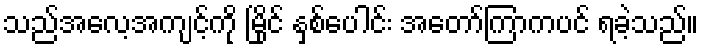
သည်အလေ့အကျင့်ကို မြိုင် နှစ်ပေါင်း အတော်ကြာကပင် ရခဲ့သည်။